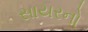
સાયરનો